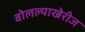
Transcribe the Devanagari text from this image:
बोलल्याखेरीज